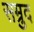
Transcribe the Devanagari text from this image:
सम्रुद